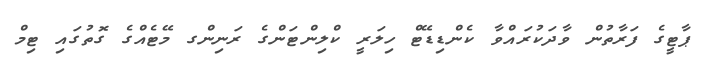
ޕާޓީގެ ފަރާތުން ވާދަކުރައްވާ ކެންޑިޑޭޓް ހިލަރީ ކްލިންޓަންގެ ރަނިންގ މޭޓެއްގެ ގޮތުގައި ޓިމް